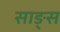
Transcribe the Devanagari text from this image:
साङ्स